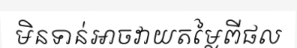
មិនទាន់អាចវាយតម្លៃពីផល